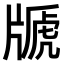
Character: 𤗢